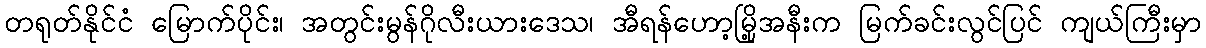
တရုတ်နိုင်ငံ မြောက်ပိုင်း၊ အတွင်းမွန်ဂိုလီးယားဒေသ၊ အီရန်ဟော့မြို့အနီးက မြက်ခင်းလွင်ပြင် ကျယ်ကြီးမှာ